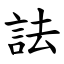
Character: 詓